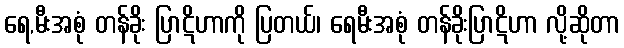
ရေ,မီးအစုံ တန်ခိုး ပြာဋိဟာကို ပြတယ်၊ ရေမီးအစုံ တန်ခိုးပြာဋိဟာ လို့ဆိုတာ